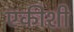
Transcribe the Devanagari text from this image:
एकीशी